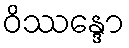
ဝိဿန္ဒော